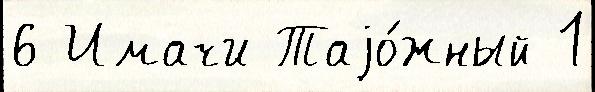
6 Имачи Таjо́жный 1